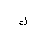
Letter: _lam